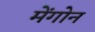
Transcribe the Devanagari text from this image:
मेंगोन